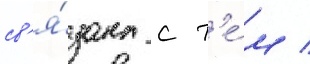
св'я́зана с т'е́м /